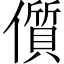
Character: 儨